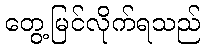
တွေ့မြင်လိုက်ရသည်